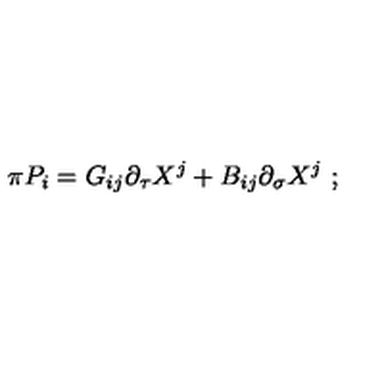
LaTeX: \pi P _ { i } = G _ { i j } \partial _ { \tau } X ^ { j } + B _ { i j } \partial _ { \sigma } X ^ { j } \ ;